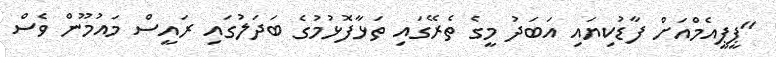
"ޕީޕީއެމްއަށް ފާޑުކިޔައި އަބަދު މީގެ ތެރޭގައި ތަޅާފޮޅުމުގެ ބަދަލުގައި ރައީސް މައުމޫން ވެސް